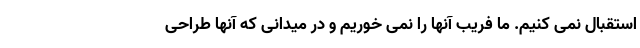
استقبال نمی کنیم. ما فریب آنها را نمی خوریم و در میدانی که آنها طراحی